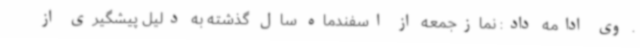
. وی ادامه داد: نمازجمعه از اسفندماه سال گذشته به دلیل پیشگیری از